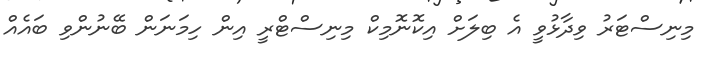
މިނިސްޓަރު ވިދާޅުވީ އެ ބިލަށް އިކޮނޮމިކް މިނިސްޓްރީ އިން ހިމަނަން ބޭނުންވި ބައެއް